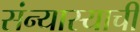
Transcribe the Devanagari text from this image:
संन्यास्याची